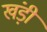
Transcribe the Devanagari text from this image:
खंड़ी